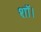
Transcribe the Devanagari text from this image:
शॉ।